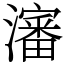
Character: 瀋